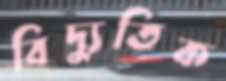
বিদ্যুতিক